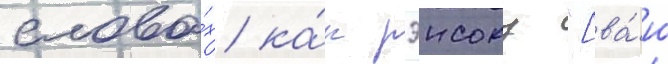
слова́х ка́к рэисоку "[ва́ш